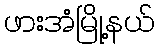
ဖားအံမြို့နယ်